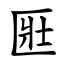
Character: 匨